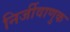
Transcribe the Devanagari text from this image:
निर्जीवाणुक